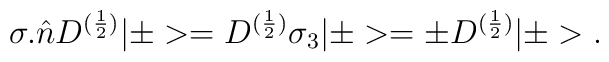
{\sigma}.\hat{n}D^{(\frac{1}{2})}|\pm>=D^{(\frac{1}{2})}{\sigma}_3|\pm>={\pm}D^{(\frac{1}{2})}|\pm>.